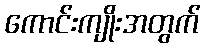
ကောင်းကျိုးအတွက်